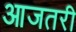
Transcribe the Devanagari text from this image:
आजतरी